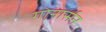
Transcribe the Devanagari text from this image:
गोनार्सन